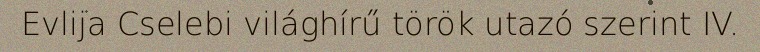
Evlija Cselebi világhírű török utazó szerint IV.